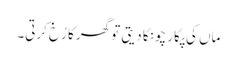
ماں کی پکار چونکا دیتی تو گھر کا رُخ کرتی۔